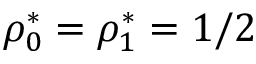
\rho _ { 0 } ^ { * } = \rho _ { 1 } ^ { * } = 1 / 2